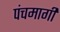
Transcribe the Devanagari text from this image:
पंचमार्गी